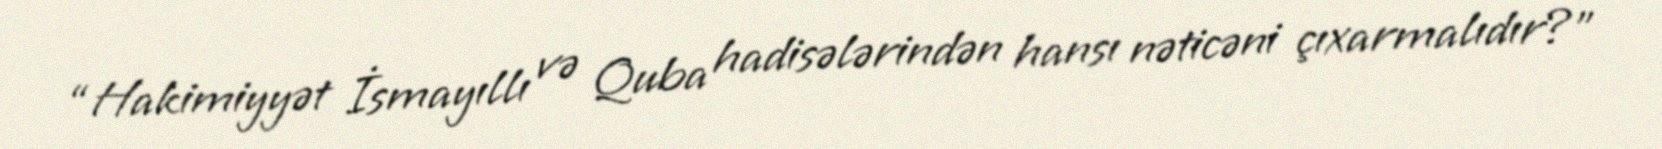
“Hakimiyyət İsmayıllı və Quba hadisələrindən hansı nəticəni çıxarmalıdır?”